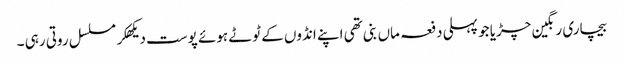
بیچاری رنگین چڑیا جو پہلی دفعہ ماں بنی تھی اپنے انڈوں کے ٹوٹے ہوئے پوست دیکھکر مسلسل روتی رہی ۔